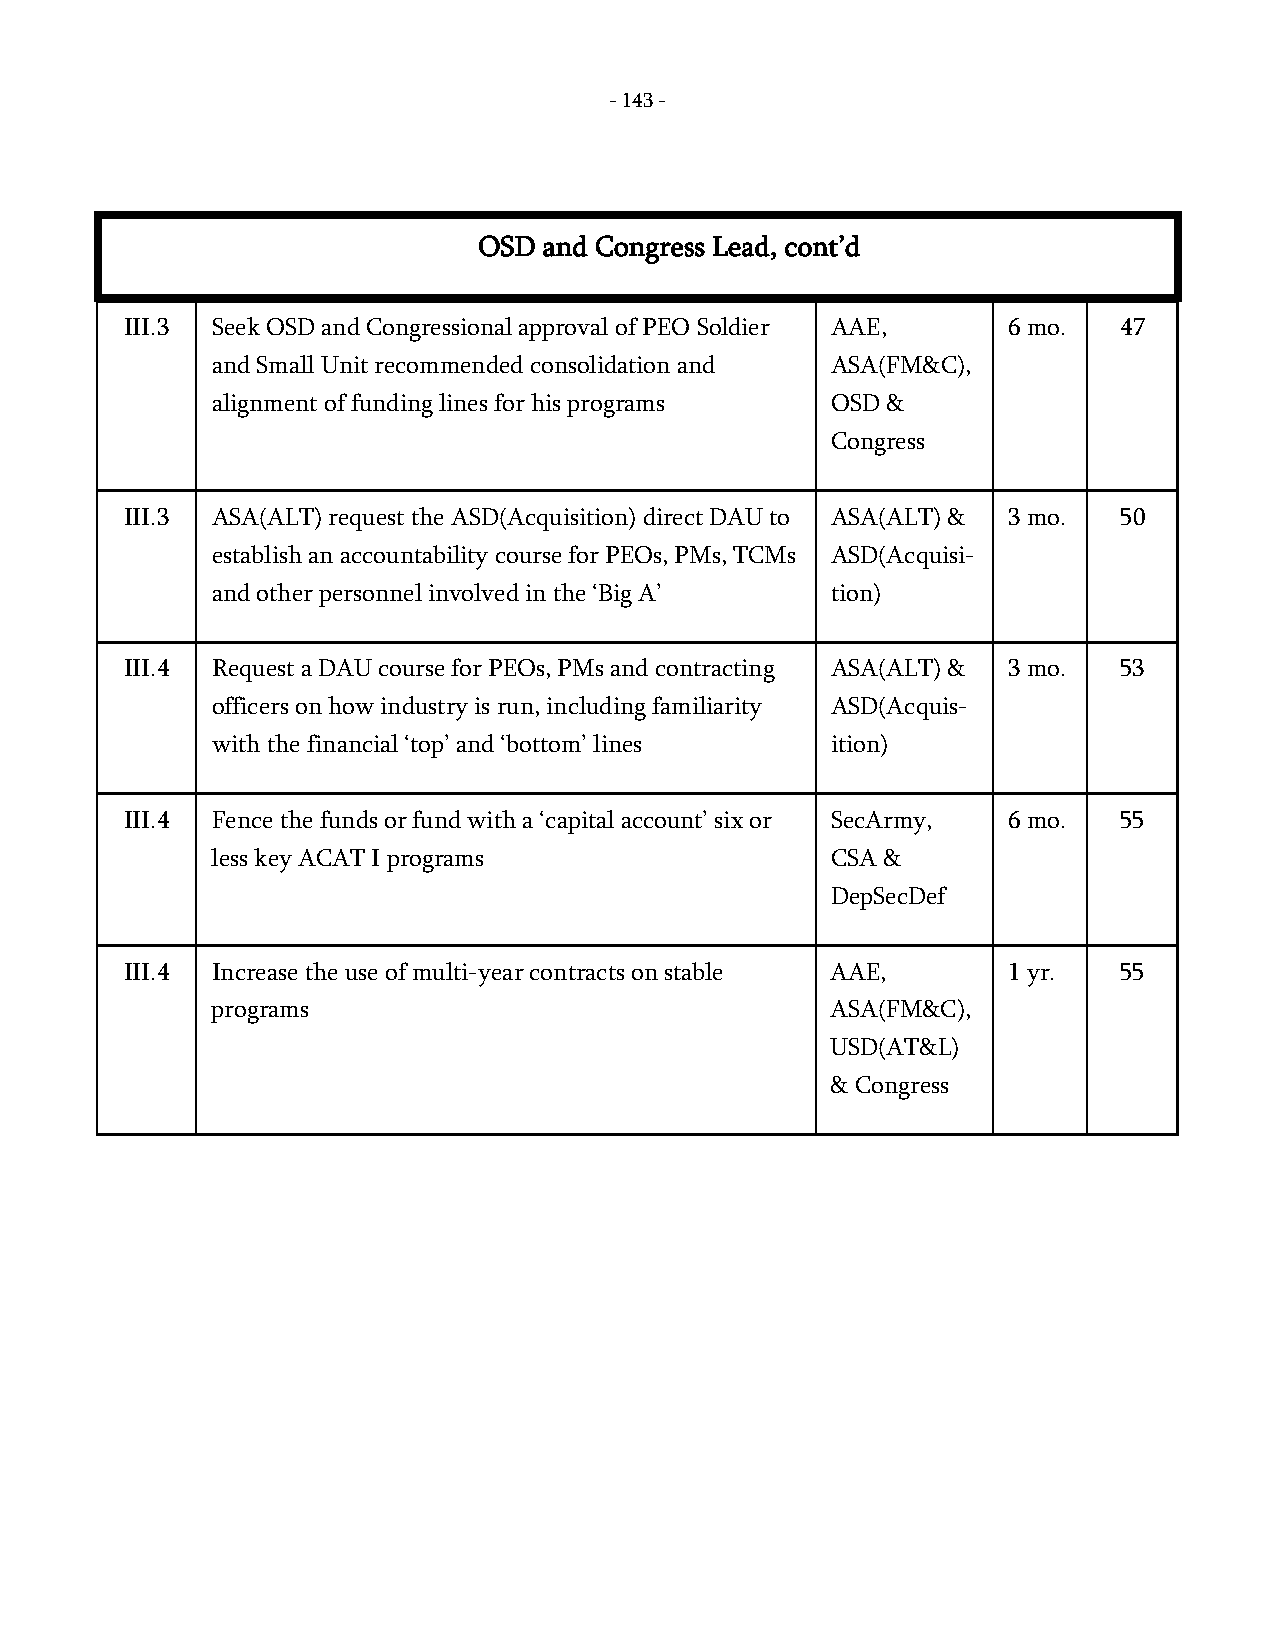
- 143 -
 OSD and Congress Lead, cont’d
 III.3 Seek OSD and Congressional approval of PEO Soldier AAE, 6 mo. 47
 and Small Unit recommended consolidation and ASA(FM&C),
 alignment of funding lines for his programs OSD &
 Congress
 III.3 ASA(ALT) request the ASD(Acquisition) direct DAU to ASA(ALT) & 3 mo. 50
 establish an accountability course for PEOs, PMs, TCMs ASD(Acquisi-
 and other personnel involved in the ‘Big A’ tion)
 III.4 Request a DAU course for PEOs, PMs and contracting ASA(ALT) & 3 mo. 53
 officers on how industry is run, including familiarity ASD(Acquis-
 with the financial ‘top’ and ‘bottom’ lines ition)
 III.4 Fence the funds or fund with a ‘capital account’ six or SecArmy, 6 mo. 55
 less key ACAT I programs                 CSA &
 DepSecDef
 III.4 Increase the use of multi-year contracts on stable AAE, 1 yr. 55
 programs                                 ASA(FM&C),
 USD(AT&L)
 & Congress
 -
 143
 -